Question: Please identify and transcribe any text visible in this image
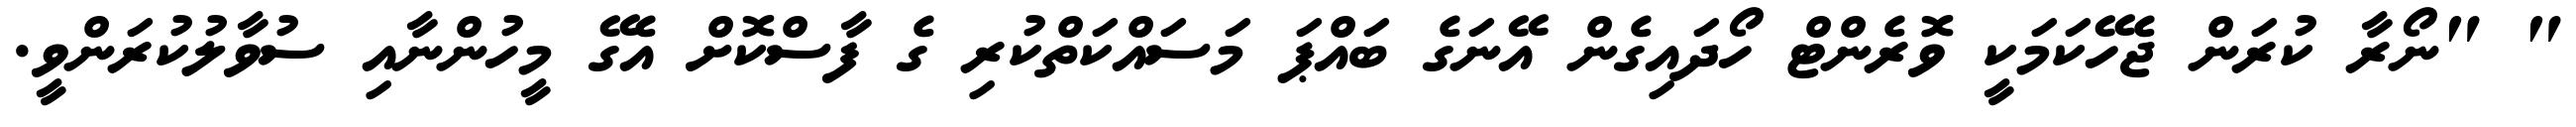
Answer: " "ނޯރާ ކުރަން ޖެހޭކަމަކީ ވޮރެންޓް ހޯދައިގެން އޭނަގެ ބައްޕަ މަސައްކަތްކުރި ގެ ފާސްކޮށް އެގޭ މީހުންނާއި ސުވާލުކުރަންވީ.